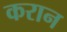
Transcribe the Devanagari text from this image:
करान